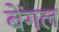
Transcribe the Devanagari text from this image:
बेंगल